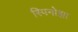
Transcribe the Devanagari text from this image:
स्पिनोझा